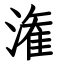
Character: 潅